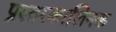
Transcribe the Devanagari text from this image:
प्रस्तरकालिनक